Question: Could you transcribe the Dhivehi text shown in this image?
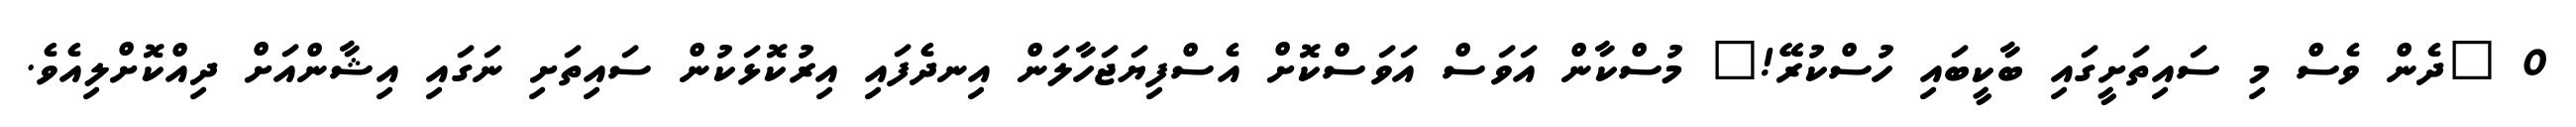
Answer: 0 "ދެން ވެސް މި ސައިތަށީގައި ބާކީބައި ހުސްކުރޭ!" މުސްކާން އަވަސް އަވަސްކޮށް އެސްފިޔަޖަހާލަން އިނދެފައި އިރުކޮޅަކުން ސައިތަށި ނަގައި އިޝާންއަށް ދިއްކޮށްލިއެވެ.